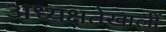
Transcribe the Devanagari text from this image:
अध्यक्षतेखालीं